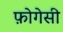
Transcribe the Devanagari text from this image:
फ़ोगेसी